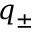
q _ { \pm }